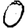
Digit: 0